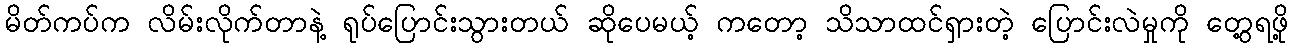
မိတ်ကပ်က လိမ်းလိုက်တာနဲ့ ရုပ်ပြောင်းသွားတယ် ဆိုပေမယ့် ကတော့ သိသာထင်ရှားတဲ့ ပြောင်းလဲမှုကို တွေ့ရဖို့